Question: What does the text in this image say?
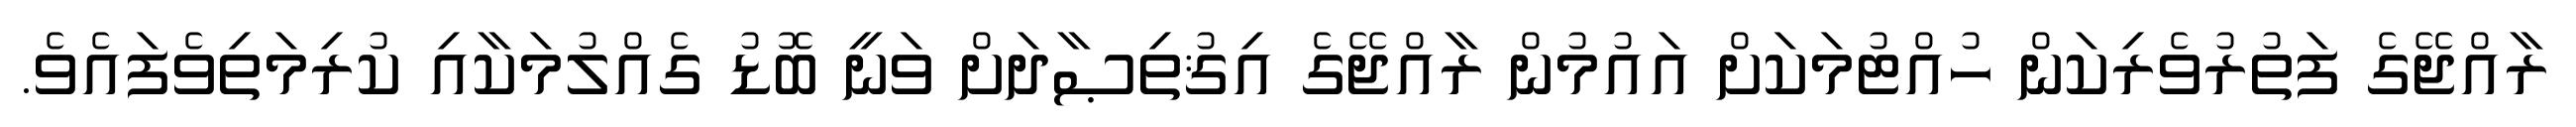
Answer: ރާއްޖޭގެ ފަތުރުވެރިކަން ހުއްޓުމަކަށް އައުމުން ރާއްޖޭގެ އިޤުތިޞާދަށް ވަނީ ބޮޑު ގެއްލުމަކާއި ކުރިމަތިވެފައެވެ.